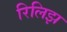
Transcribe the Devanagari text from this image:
रिलिझ